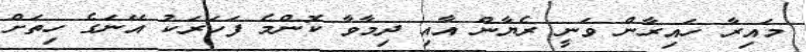
މައިރާ ހައިރާން ވަނީ ރެޔާން އާއި ދިމާވާ ކޮންމެ ފަހަރަކު އޭނަގެ ހިތަށް